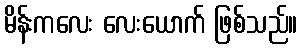
မိန်းကလေး လေးယောက် ဖြစ်သည်။